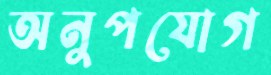
অনুপযোগ